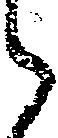
之